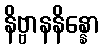
နိဗ္ဗာနနိန္နော